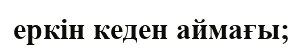
еркін кеден аймағы;